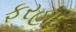
ફરહાદ